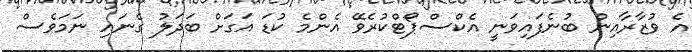
އެ ވުޒާރާއިން ބުނެފައިވަނީ އެކްސްޕޯޓްކުރެވޭ އެންމެ ކުޑަ އަގަށް ބަދަލު ގެނައި ނަމަވެސް